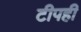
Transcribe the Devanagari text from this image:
टीपही